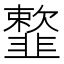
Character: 𩐋